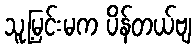
သူ့မြင်းမက ပိန်တယ်ဗျ